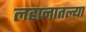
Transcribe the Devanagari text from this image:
लहानातल्या